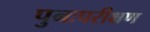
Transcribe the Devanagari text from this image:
पुनःपरीक्षण